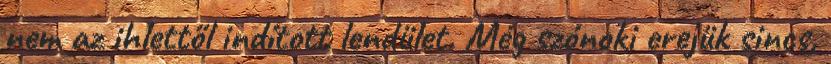
nem az ihlettől indított lendület. Még szónoki erejük sincs,